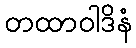
တထာဝါဒိနံ